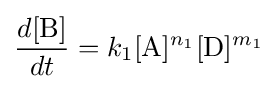
{\frac {d[{\ce {B}}]}{dt}}=k_{1}[{\ce {A}}]^{n_{1}}[{\ce {D}}]^{m_{1}}